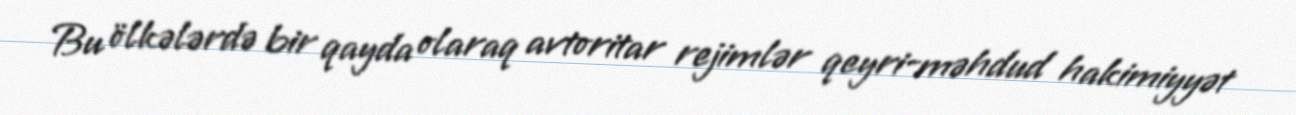
Bu ölkələrdə bir qayda olaraq avtoritar rejimlər qeyri-məhdud hakimiyyət